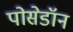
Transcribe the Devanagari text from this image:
पोसेडॉन